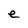
Character: e